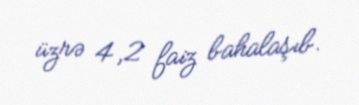
üzrə 4,2 faiz bahalaşıb.